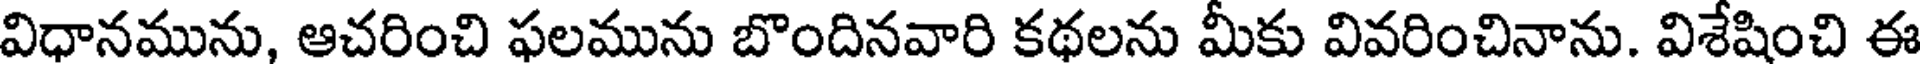
విధానమును, ఆచరించి ఫలమును బొందినవారి కథలను మీకు వివరించినాను. విశేషించి ఈ